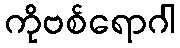
ကိုဗစ်ရောဂါ